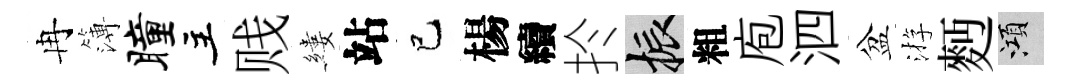
冉簿瞳主贱縷站巳楊續扵振粗庖泗盆㳺麪澒